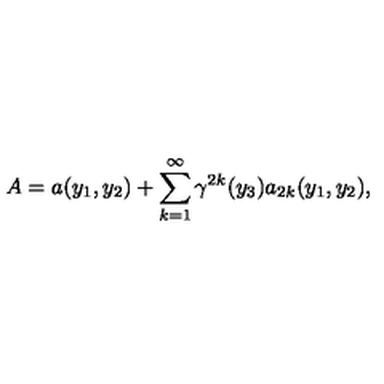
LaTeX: A = a ( y _ { 1 } , y _ { 2 } ) + \sum _ { k = 1 } ^ { \infty } { \gamma } ^ { 2 k } ( y _ { 3 } ) a _ { 2 k } ( y _ { 1 } , y _ { 2 } ) ,